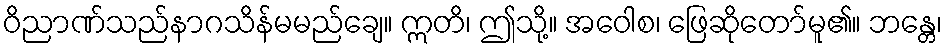
ဝိညာဏ်သည်နာဂသိန်မမည်ချေ။ ဣတိ၊ ဤသို့။ အဝေါစ၊ ဖြေဆိုတော်မူ၏။ ဘန္တေ၊